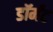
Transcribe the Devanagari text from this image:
डॉर्मंट